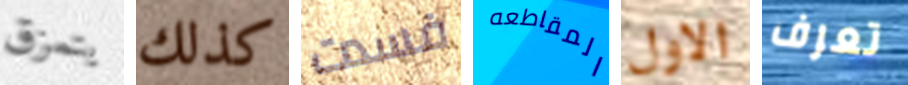
يتمزق كذلك فسدت المقاطعه الاول تعرف